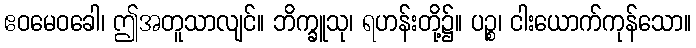
ဧဝမေဝခေါ၊ ဤအတူသာလျင်။ ဘိက္ခူသု၊ ရဟန်းတို့၌။ ပဉ္စ၊ ငါးယောက်ကုန်သော။